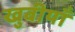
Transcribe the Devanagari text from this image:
खुबीयाँ